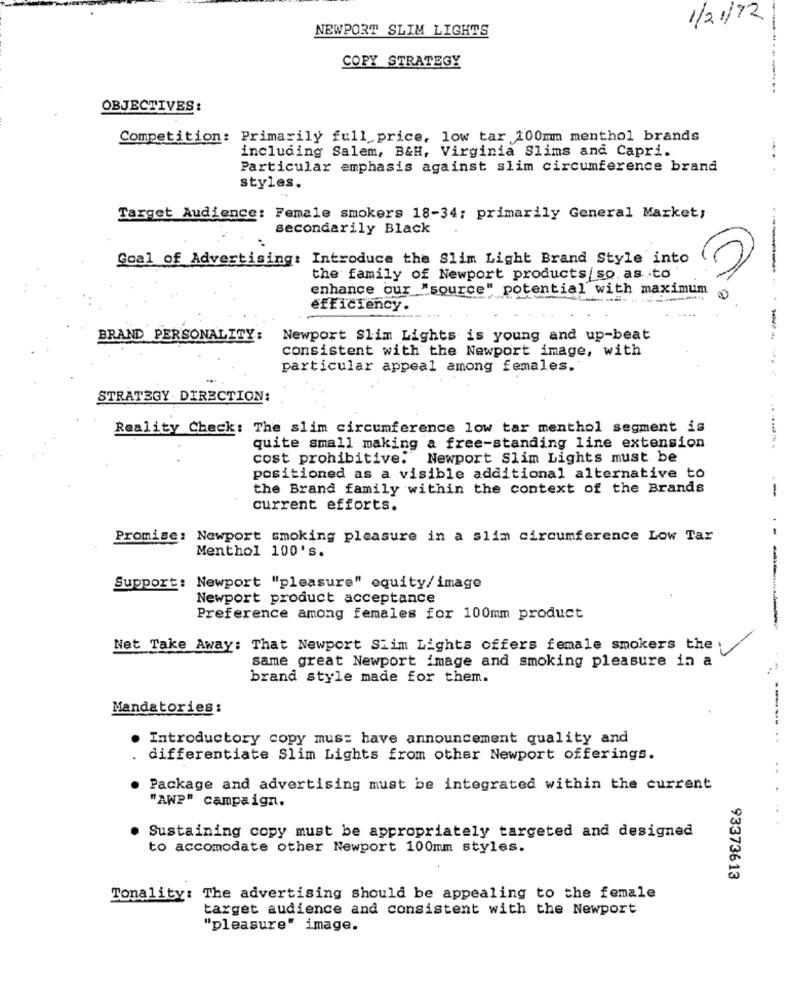
1/21/12
NEWPORT SLIM LIGHTS
COPY STRATEGY
------
OBJECTIVES:
Competition: Primarily full price, low tar 100mm menthol brands
including Salem, B&H, Virginia Slims and Capri.
Particular emphasis against slim circumference brand
styles.
Target Audience: Female smokers 18-34; primarily General Market;
secondarily Black
Goal of Advertising: Introduce the Slim Light Brand Style into
the family of Newport products/ so. as .to
enhance our "source" potential with maximum
efficiency.
BRAND PERSONALITY:
Newport Slim Lights is young and up-beat
consistent with the Newport image, with
particular appeal among females.
---------
STRATEGY DIRECTION:
Reality Check: The slim circumference low tar menthol segment is
quite small making a free-standing line extension
cost prohibitive:" Newport Slim Lights must be
positioned as a visible additional alternative to
the Brand family within the context of the Brands
--
current efforts.
Promise: Newport smoking pleasure in a slim circumference Low Tar
Menthol 100's.
Support: Newport "pleasure" equity/ image
Newport product acceptance
Preference among females for 100mm product
---
Net Take Away: That Newport Siim Lights offers female smokers the
same great Newport image and smoking pleasure in a
brand style made for them.
Mandatories:
Introductory copy mus: have announcement quality and
----. ..
differentiate Slim Lights from other Newport offerings.
. Package and advertising must be integrated within the current
"AWP" campaign.
Sustaining copy must be appropriately targeted and designed
to accomodate other Newport 100mm styles.
93373613
Tonality: The advertising should be appealing to the female
target audience and consistent with the Newport
"pleasure" image.